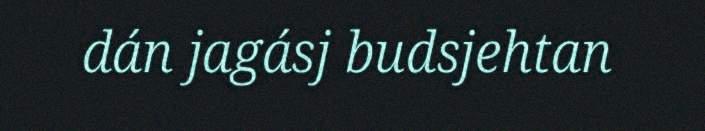
dán jagásj budsjehtan